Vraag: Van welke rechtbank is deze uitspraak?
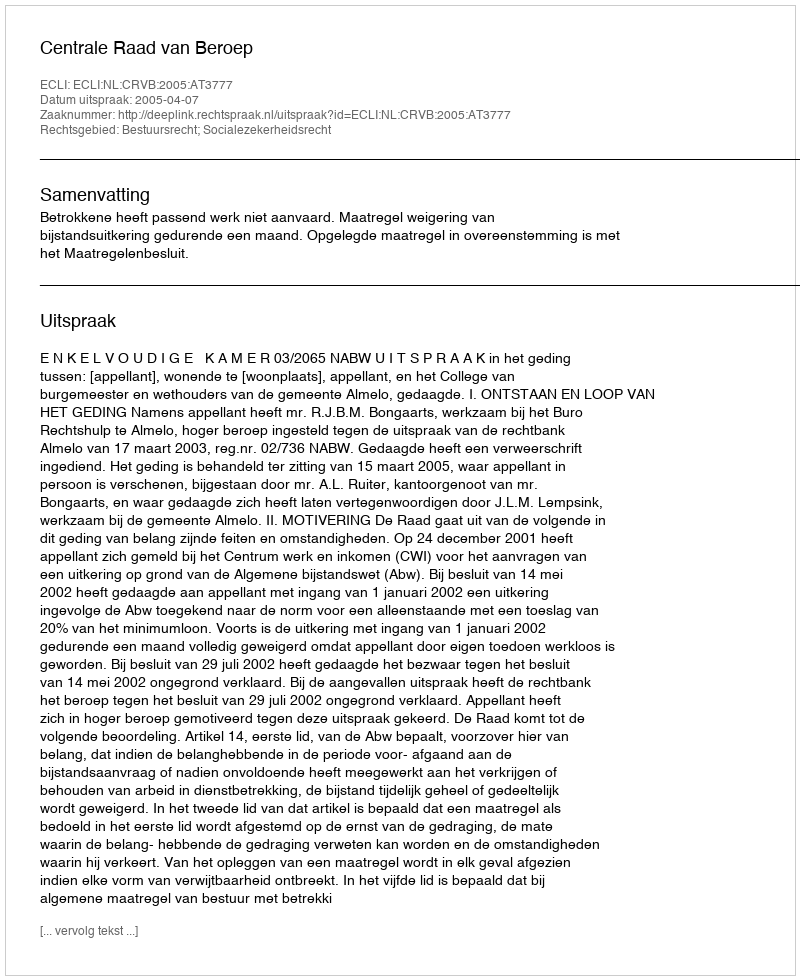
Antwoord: Centrale Raad van Beroep